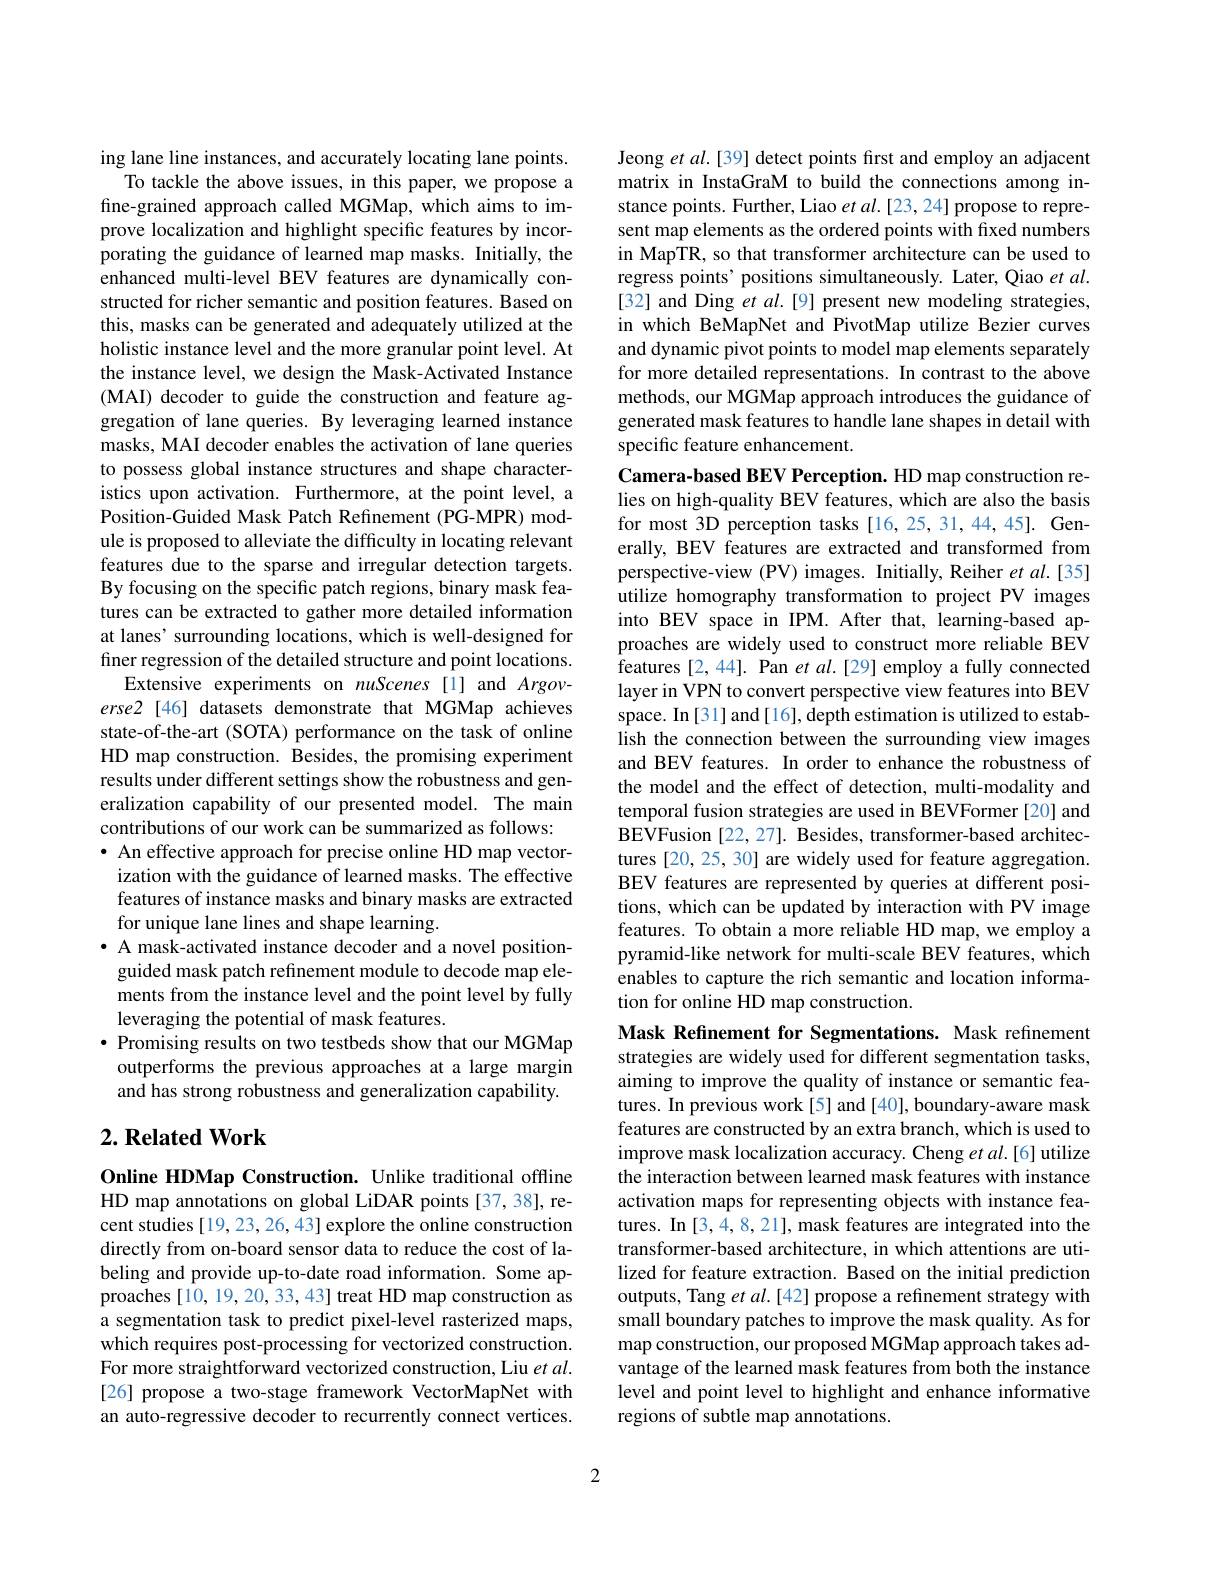
ing lane line instances, and accurately locating lane points.
To tackle the above issues, in this paper, we propose a fine-grained approach called MGMap, which aims to improve localization and highlight specific features by incorporating the guidance of learned map masks. Initially, the enhanced multi-level BEV features are dynamically constructed for richer semantic and position features. Based on this, masks can be generated and adequately utilized at the holistic instance level and the more granular point level. At the instance level, we design the Mask-Activated Instance (MAI) decoder to guide the construction and feature aggregation of lane queries. By leveraging learned instance masks, MAI decoder enables the activation of lane queries to possess global instance structures and shape characteristics upon activation. Furthermore, at the point level, a Position-Guided Mask Patch Refinement (PG-MPR) module is proposed to alleviate the difficulty in locating relevant features due to the sparse and irregular detection targets. By focusing on the specific patch regions, binary mask features can be extracted to gather more detailed information at lanes' surrounding locations, which is well-designed for finer regression of the detailed structure and point locations.
Extensive experiments on nuScenes [1] and Argoverse2 [46] datasets demonstrate that MGMap achieves state-of-the-art (SOTA) performance on the task of online HD map construction. Besides, the promising experiment results under different settings show the robustness and generalization capability of our presented model. The main contributions of our work can be summarized as follows:
$\bullet$ An effective approach for precise online HD map vector-
ization with the guidance of learned masks. The effective features of instance masks and binary masks are extracted for unique lane lines and shape learning.
· A mask-activated instance decoder and a novel positionguided mask patch refinement module to decode map elements from the instance level and the point level by fully leveraging the potential of mask features.
$\bullet$ Promising results on two testbeds show that our MGMap outperforms the previous approaches at a large margin and has strong robustness and generalization capability.

## $2. \textbf{Related Work}$

Online HDMap Construction. Unlike traditional offline HD map annotations on global LiDAR points [37,38], recent studies [19, 23, 26, 43] explore the online construction directly from on-board sensor data to reduce the cost of labeling and provide up-to-date road information. Some approaches [10, 19, 20, 33, 43] treat HD map construction as a segmentation task to predict pixel-level rasterized maps, which requires post-processing for vectorized construction. For more straightforward vectorized construction, Liu $et\textit{al}.$ [26] propose a two-stage framework VectorMapNet with an auto-regressive decoder to recurrently connect vertices.

Jeong et al.[39] detect points first and employ an adjacent matrix in InstaGraM to build the connections among instance points. Further, Liao $etal.[23,24]$ propose to represent map elements as the ordered points with fixed numbers in MapTR, so that transformer architecture can be used to regress points' positions simultaneously. Later, Qiao et al. [32] and Ding et al.[9] present new modeling strategies, in which BeMapNet and PivotMap utilize Bezier curves and dynamic pivot points to model map elements separately for more detailed representations. In contrast to the above methods, our MGMap approach introduces the guidance of generated mask features to handle lane shapes in detail with specific feature enhancement.

Camera-based BEV Perception. HD map construction relies on high-quality BEV features, which are also the basis for most 3D perception tasks [16,25,31,44,45]. Generally, BEV features are extracted and transformed from perspective-view (PV) images. Initially, Reiher et al.[35] utilize homography transformation to project PV images into BEV space in IPM. After that, learning-based approaches are widely used to construct more reliable BEV features [2,44]. Pan et al.[29] employ a fully connected layer in VPN to convert perspective view features into BEV space. In[31] and[16], depth estimation is utilized to establish the connection between the surrounding view images and BEV features. In order to enhance the robustness of the model and the effect of detection, multi-modality and temporal fusion strategies are used in BEVFormer [20] and BEVFusion [22,27]. Besides, transformer-based architectures [20,25,30] are widely used for feature aggregation. BEV features are represented by queries at different positions, which can be updated by interaction with PV image features. To obtain a more reliable HD map, we employ a pyramid-like network for multi-scale BEV features, which enables to capture the rich semantic and location information for online HD map construction.

Mask Refinement for Segmentations. Mask refinement strategies are widely used for different segmentation tasks, aiming to improve the quality of instance or semantic features. In previous work[5] and[40], boundary-aware mask features are constructed by an extra branch, which is used to improve mask localization accuracy. Cheng $etal.[6]$ utilize the interaction between learned mask features with instance activation maps for representing objects with instance features. In [3,4,8,21], mask features are integrated into the transformer-based architecture, in which attentions are utilized for feature extraction. Based on the initial prediction outputs, Tang et al.[42] propose a refinement strategy with small boundary patches to improve the mask quality. As for map construction, our proposed MGMap approach takes advantage of the learned mask features from both the instance level and point level to highlight and enhance informative regions of subtle map annotations.

2